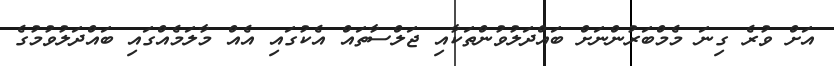
އަށް ވުރެ ގިނަ މެމްބަރުންނަށް ބައްދަލުވުންތަކާއި ޖަލްސާތައް އެކުގައި އެއް މާލަމެއްގައި ބައްދަލުވުމުގެ